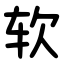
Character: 软